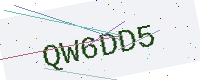
Text: QW6DD5